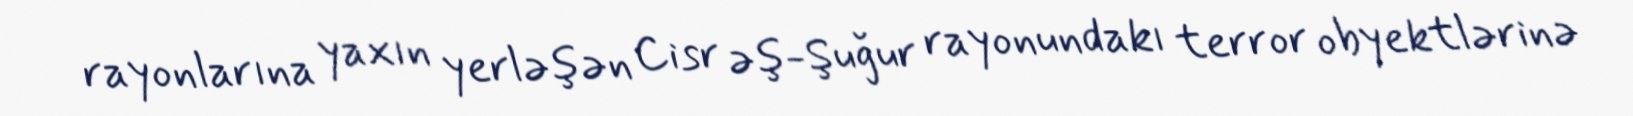
rayonlarına yaxın yerləşən Cisr əş-Şuğur rayonundakı terror obyektlərinə